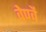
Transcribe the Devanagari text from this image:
वेण्वै